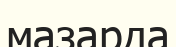
мазарда